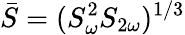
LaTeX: \bar{S}=(S_{\omega}^{2}S_{2\omega})^{1/3}